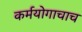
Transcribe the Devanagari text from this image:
कर्मयोगाचाच